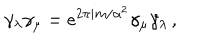
\gamma _ { \lambda } \gamma _ { \mu } = e ^ { 2 \pi i m / \alpha ^ { 2 } } \gamma _ { \mu } \gamma _ { \lambda } \, ,